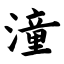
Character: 潼